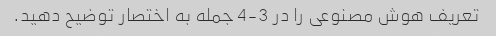
تعریف هوش مصنوعی را در 3-4 جمله به اختصار توضیح دهید.